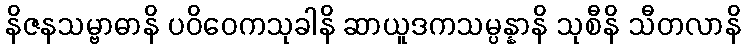
နိဇနသမ္ဗာဓာနိ ပဝိဝေကသုခါနိ ဆာယူဒကသမ္ပန္နာနိ သုစီနိ သီတလာနိ